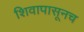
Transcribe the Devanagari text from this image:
शिवापासूनच